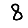
Digit: 8